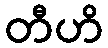
တီဟိ